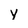
Character: y